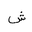
Letter: _shin